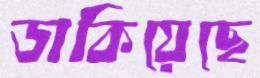
ডাকিয়েছে